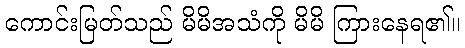
ကောင်းမြတ်သည် မိမိအသံကို မိမိ ကြားနေရ၏။